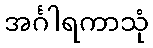
အင်္ဂါရကာသုံ